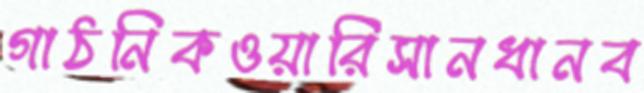
গাঠনিকওয়ারিসানধানব